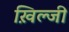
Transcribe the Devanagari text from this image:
ख़िल्जी